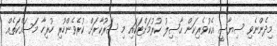
މިދެންނެވި ސިޔާސީ އެކުވެރިކަން ޙާޞިލު ކުރުމަށްޓަކައި މި ސަރުކާރަށް ކުރެވެންހުރި ހުރިހާ މަސައްކަތެއް